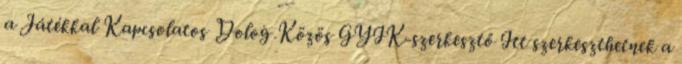
a Játékkal Kapcsolatos Dolog Közös GYIK-szerkesztő Itt szerkeszthetnek a